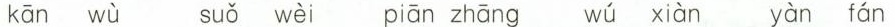
kān wù suǒ wèi piān zhāng wú xiàn yàn fán